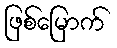
ဖြစ်မြောက်